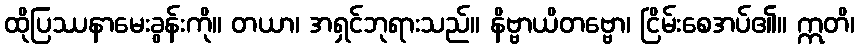
ထိုပြဿနာမေးခွန်းကို။ တယာ၊ အရှင်ဘုရားသည်။ နိဗ္ဗာယိတဗ္ဗော၊ ငြိမ်းစေအပ်၏။ ဣတိ၊